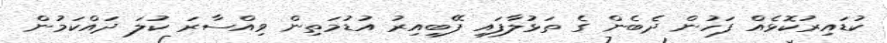
ކުޑައިރުކޮޅެއް ފަހުން ދެބެން ގެ ތަޅުލާފައި ފޭބިއިރު އުޑުމަތިން ވިއްސާރަ ކުލަ ދައްކަމުން